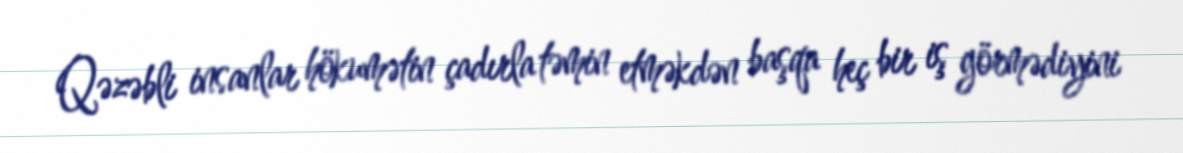
Qəzəbli insanlar hökumətin çadırla təmin etməkdən başqa heç bir iş görmədiyini